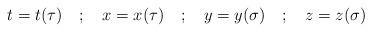
LaTeX: \begin{align*}t = t(\tau) \quad ; \quad x = x(\tau) \quad ; \quad y =y(\sigma) \quad ; \quad z = z(\sigma)\end{align*}